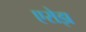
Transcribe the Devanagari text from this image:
एरोझ